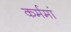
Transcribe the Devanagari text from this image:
कर्ममां